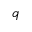
\boldsymbol { q }